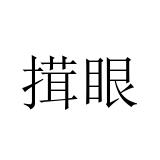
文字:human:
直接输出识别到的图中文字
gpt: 搑眼